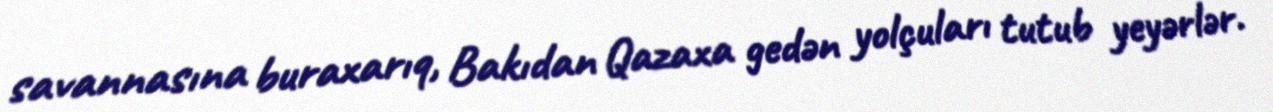
savannasına buraxarıq, Bakıdan Qazaxa gedən yolçuları tutub yeyərlər.